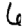
Digit: 6